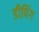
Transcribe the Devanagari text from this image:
डीपिंग